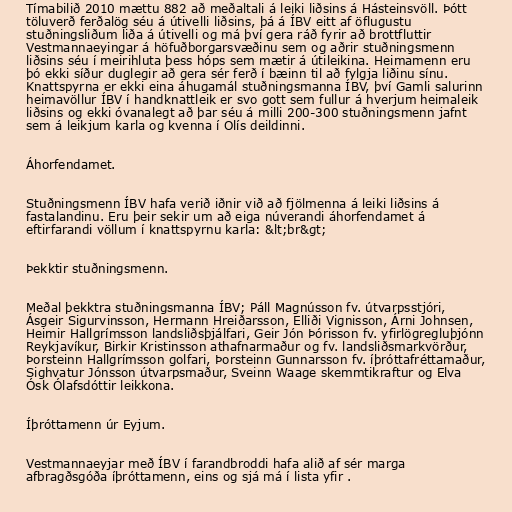
Tímabilið 2010 mættu 882 að meðaltali á leiki liðsins á Hásteinsvöll. Þótt
töluverð ferðalög séu á útivelli liðsins, þá á ÍBV eitt af öflugustu
stuðningsliðum liða á útivelli og má því gera ráð fyrir að brottfluttir
Vestmannaeyingar á höfuðborgarsvæðinu sem og aðrir stuðningsmenn
liðsins séu í meirihluta þess hóps sem mætir á útileikina. Heimamenn eru
þó ekki síður duglegir að gera sér ferð í bæinn til að fylgja liðinu sínu.
Knattspyrna er ekki eina áhugamál stuðningsmanna ÍBV, því Gamli salurinn
heimavöllur ÍBV í handknattleik er svo gott sem fullur á hverjum heimaleik
liðsins og ekki óvanalegt að þar séu á milli 200-300 stuðningsmenn jafnt
sem á leikjum karla og kvenna í Olís deildinni.

Áhorfendamet.

Stuðningsmenn ÍBV hafa verið iðnir við að fjölmenna á leiki liðsins á
fastalandinu. Eru þeir sekir um að eiga núverandi áhorfendamet á
eftirfarandi völlum í knattspyrnu karla: &lt;br&gt;

Þekktir stuðningsmenn.

Meðal þekktra stuðningsmanna ÍBV; Páll Magnússon fv. útvarpsstjóri,
Ásgeir Sigurvinsson, Hermann Hreiðarsson, Elliði Vignisson, Árni Johnsen,
Heimir Hallgrímsson landsliðsþjálfari, Geir Jón Þórisson fv. yfirlögregluþjónn
Reykjavíkur, Birkir Kristinsson athafnarmaður og fv. landsliðsmarkvörður,
Þorsteinn Hallgrímsson golfari, Þorsteinn Gunnarsson fv. íþróttafréttamaður,
Sighvatur Jónsson útvarpsmaður, Sveinn Waage skemmtikraftur og Elva
Ósk Ólafsdóttir leikkona.

Íþróttamenn úr Eyjum.

Vestmannaeyjar með ÍBV í farandbroddi hafa alið af sér marga
afbragðsgóða íþróttamenn, eins og sjá má í lista yfir .